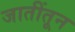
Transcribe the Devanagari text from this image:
जातींतून